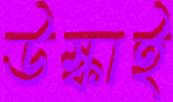
উস্‌কাই